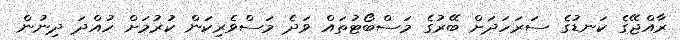
ރާއްޖޭގެ ކަނޑުގެ ސަރަހަދަށް ބޭރުގެ މަސްބޯޓުތައް ވަދެ މަސްވެރިކަން ކުރުމަށް ހުއްދަ ދިނުން